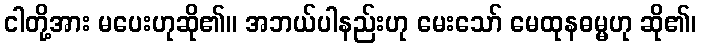
ငါတို့အား မပေးဟုဆို၏။ အဘယ်ပါနည်းဟု မေးသော် မေထုနဓမ္မဟု ဆို၏၊